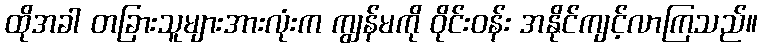
ထိုအခါ တခြားသူများအားလုံးက ကျွန်မကို ဝိုင်းဝန်း အနိုင်ကျင့်လာကြသည်။